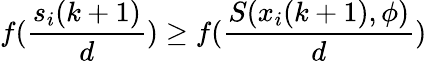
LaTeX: f(\frac{s_{i}(k+1)}{d})\geq f(\frac{S(x_{i}(k+1),\phi)}{d})